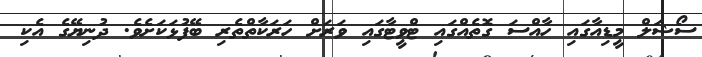
ސޯޝަލް މީޑިއާގައި ހާއްސަ ގޮތެއްގައި ޓްވީޓާގައި ވަރަށް ހަރަކާތްތެރި ބޭފުޅަކަށެވެ. ދުނިޔޭގެ އެކި